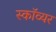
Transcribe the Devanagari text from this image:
स्काॅव्यर